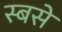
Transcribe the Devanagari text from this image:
स्बसे